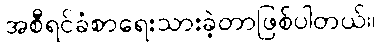
အစီရင်ခံစာရေးသားခဲ့တာဖြစ်ပါတယ်။